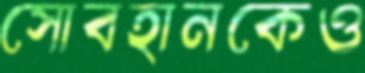
সোবহানকেও